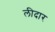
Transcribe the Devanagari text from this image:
लीदार